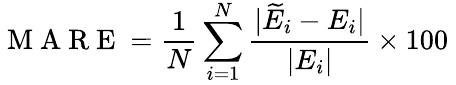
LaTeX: \mathrm{~M~A~R~E~}=\frac{1}{N}\sum_{i=1}^{N}\frac{|\widetilde{E}_{i}-E_{i}|}{|E_{i}|}\times 100\